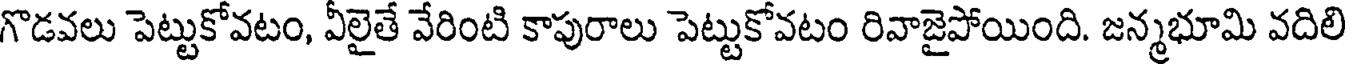
గొడవలు పెట్టుకోవటం, వీలైతే వేరింటి కాపురాలు పెట్టుకోవటం రివాజైపోయింది. జన్మభూమి వదిలి